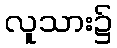
လူသား၌